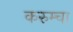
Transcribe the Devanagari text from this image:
करुम्चा